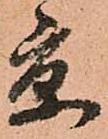
京